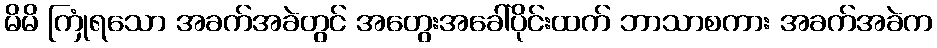
မိမိ ကြုံရသော အခက်အခဲတွင် အတွေးအခေါ်ပိုင်းထက် ဘာသာစကား အခက်အခဲက